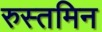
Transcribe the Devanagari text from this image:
रुस्तमिन